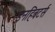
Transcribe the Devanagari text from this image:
इनहिबटर्स